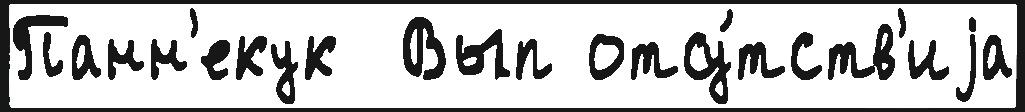
Панн'екук  Вып отсу́тств'иjа